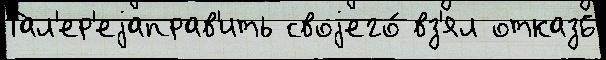
Гал'ер'еjаправ'ить своjего́ вз'ял отказ6